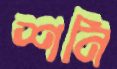
শনি